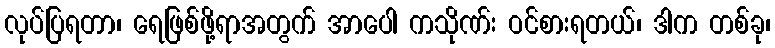
လုပ်ပြရတာ၊ ရေဖြစ်ဖို့ရာအတွက် အာပေါ ကသိုဏ်း ဝင်စားရတယ်၊ ဒါက တစ်ခု၊